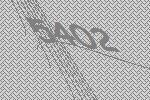
5402